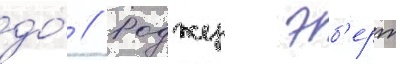
до́ // Роджер эб'ерт